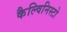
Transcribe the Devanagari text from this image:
कैल्विनिस्टो